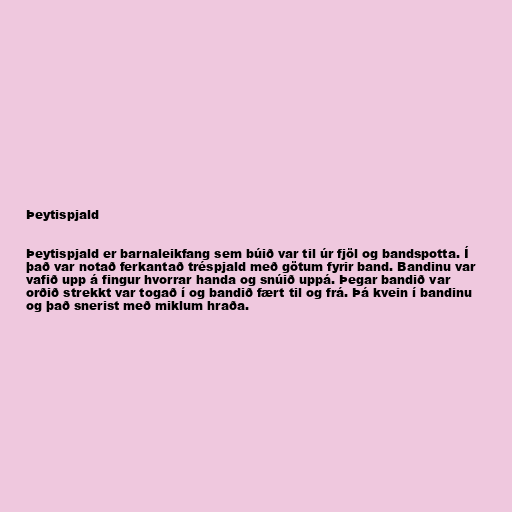
Þeytispjald

Þeytispjald er barnaleikfang sem búið var til úr fjöl og bandspotta. Í
það var notað ferkantað tréspjald með götum fyrir band. Bandinu var
vafið upp á fingur hvorrar handa og snúið uppá. Þegar bandið var
orðið strekkt var togað í og bandið fært til og frá. Þá kvein í bandinu
og það snerist með miklum hraða.